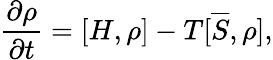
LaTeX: \frac{\partial\rho}{\partial t}=[H,\rho]-T[\overline{{S}},\rho],